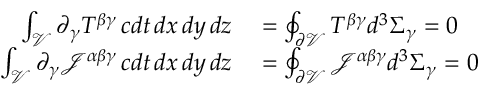
\begin{array} { r l } { \int _ { \mathcal { V } } \partial _ { \gamma } T ^ { \beta \gamma } \, c d t \, d x \, d y \, d z } & { { } = \oint _ { \partial { \mathcal { V } } } T ^ { \beta \gamma } d ^ { 3 } \Sigma _ { \gamma } = 0 } \\ { \int _ { \mathcal { V } } \partial _ { \gamma } { \mathcal { J } } ^ { \alpha \beta \gamma } \, c d t \, d x \, d y \, d z } & { { } = \oint _ { \partial { \mathcal { V } } } { \mathcal { J } } ^ { \alpha \beta \gamma } d ^ { 3 } \Sigma _ { \gamma } = 0 } \end{array}